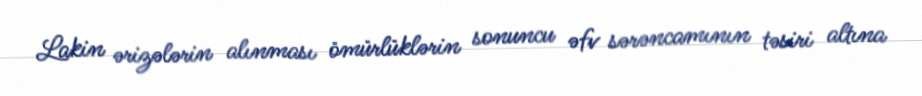
Lakin ərizələrin alınması ömürlüklərin sonuncu əfv sərəncamının təsiri altına